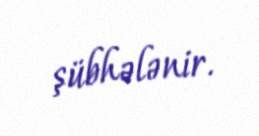
şübhələnir.